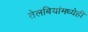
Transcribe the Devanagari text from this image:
तेलबियांमध्येही